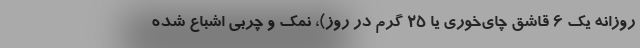
روزانه یک ۶ قاشق چای‌خوری یا ۲۵ گرم در روز)، نمک و چربی اشباع شده